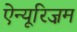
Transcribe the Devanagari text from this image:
ऐन्यूरिज़म